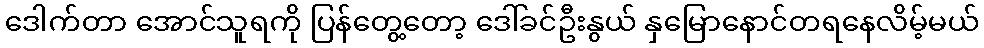
ဒေါက်တာ အောင်သူရကို ပြန်တွေ့တော့ ဒေါ်ခင်ဦးနွယ် နှမြောနောင်တရနေလိမ့်မယ်